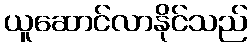
ယူဆောင်လာနိုင်သည်